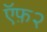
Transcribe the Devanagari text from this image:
ऍफ़२